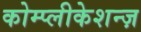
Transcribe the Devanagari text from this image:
कोम्प्लीकेशन्ज़